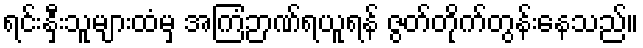
ရင်းနှီးသူများထံမှ အကြံဉာဏ်ရယူရန် ဇွတ်တိုက်တွန်းနေသည်။